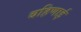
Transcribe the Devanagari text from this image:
बहिणाई